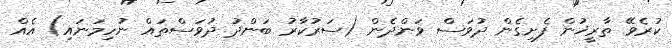
ކުރެވޭ ތާރީޚުން ފެށިގެން ދުވަސް ވަންދެން (ސަރުކާރު ބަންދު ދުވަސްތައް ނުހިމަނައި) އެއް